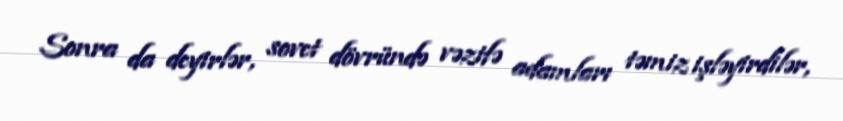
Sonra da deyirlər, sovet dövründə vəzifə adamları təmiz işləyirdilər,